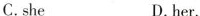
C.she D.her.